Civil Veterinary Department Bengal reports 1923-33 - 1923-1933
Year: 1923
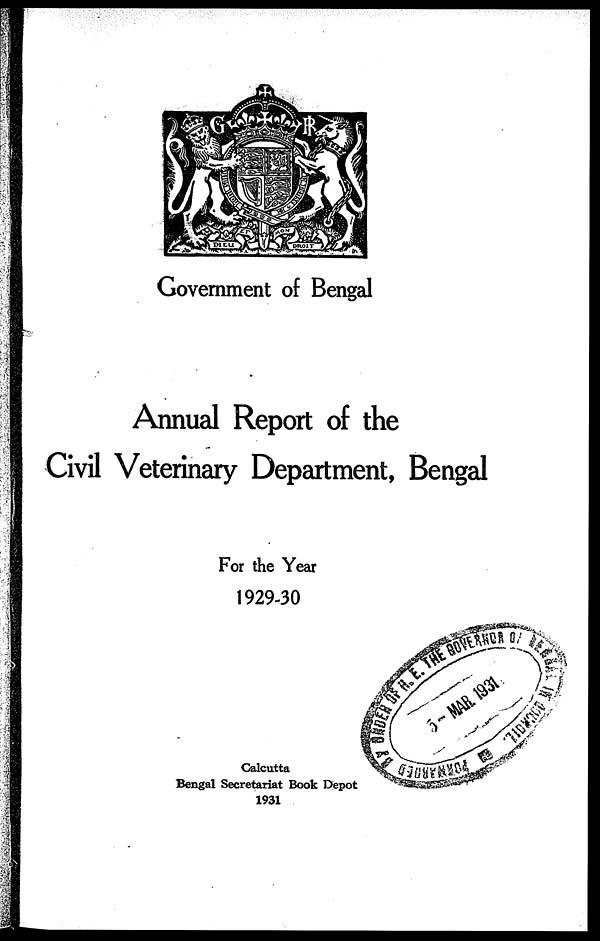
Government of Bengal
Annual Report of the
Civil Veterinary Department, Bengal
For the Year
1929-30
Calcutta
Bengal Secretariat Book Depot
1931